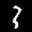
Label: 3